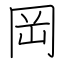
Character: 岡